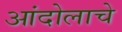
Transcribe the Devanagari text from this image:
आंदोलाचे